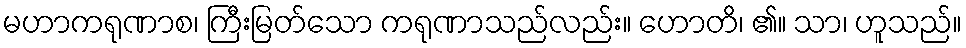
မဟာကရုဏာစ၊ ကြီးမြတ်သော ကရုဏာသည်လည်း။ ဟောတိ၊ ၏။ သာ၊ ဟူသည်။